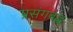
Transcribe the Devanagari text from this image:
प्रसंगबद्ध